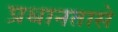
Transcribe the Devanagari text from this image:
प्रधानतासे